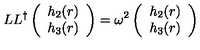
L L ^ { \dagger } \left( \begin{array} { c } { h _ { 2 } ( r ) } \\ { h _ { 3 } ( r ) } \\ \end{array} \right) = \omega ^ { 2 } \left( \begin{array} { c } { h _ { 2 } ( r ) } \\ { h _ { 3 } ( r ) } \\ \end{array} \right)